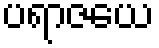
ပရာဇယေ